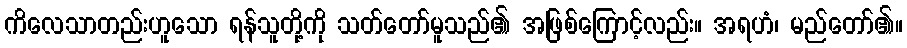
ကိလေသာတည်းဟူသော ရန်သူတို့ကို သတ်တော်မူသည်၏ အဖြစ်ကြောင့်လည်း။ အရဟံ၊ မည်တော်၏။